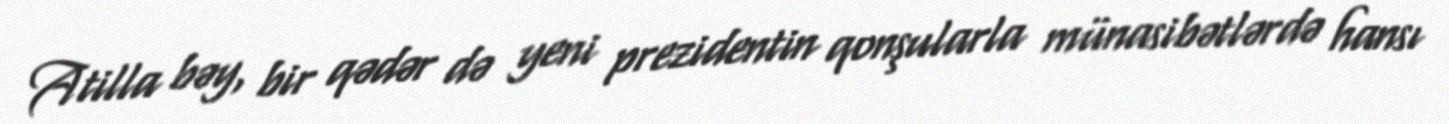
Atilla bəy, bir qədər də yeni prezidentin qonşularla münasibətlərdə hansı